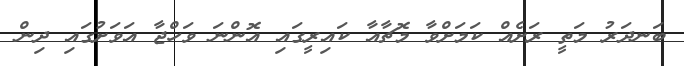
ބަނދަރު މަތީ ރަށެއް ކަމަށްވާ މޮޗާއާ ކައިރީގައި އޮންނަ ވަހްޖާ އަަވަށުގައި ދިން